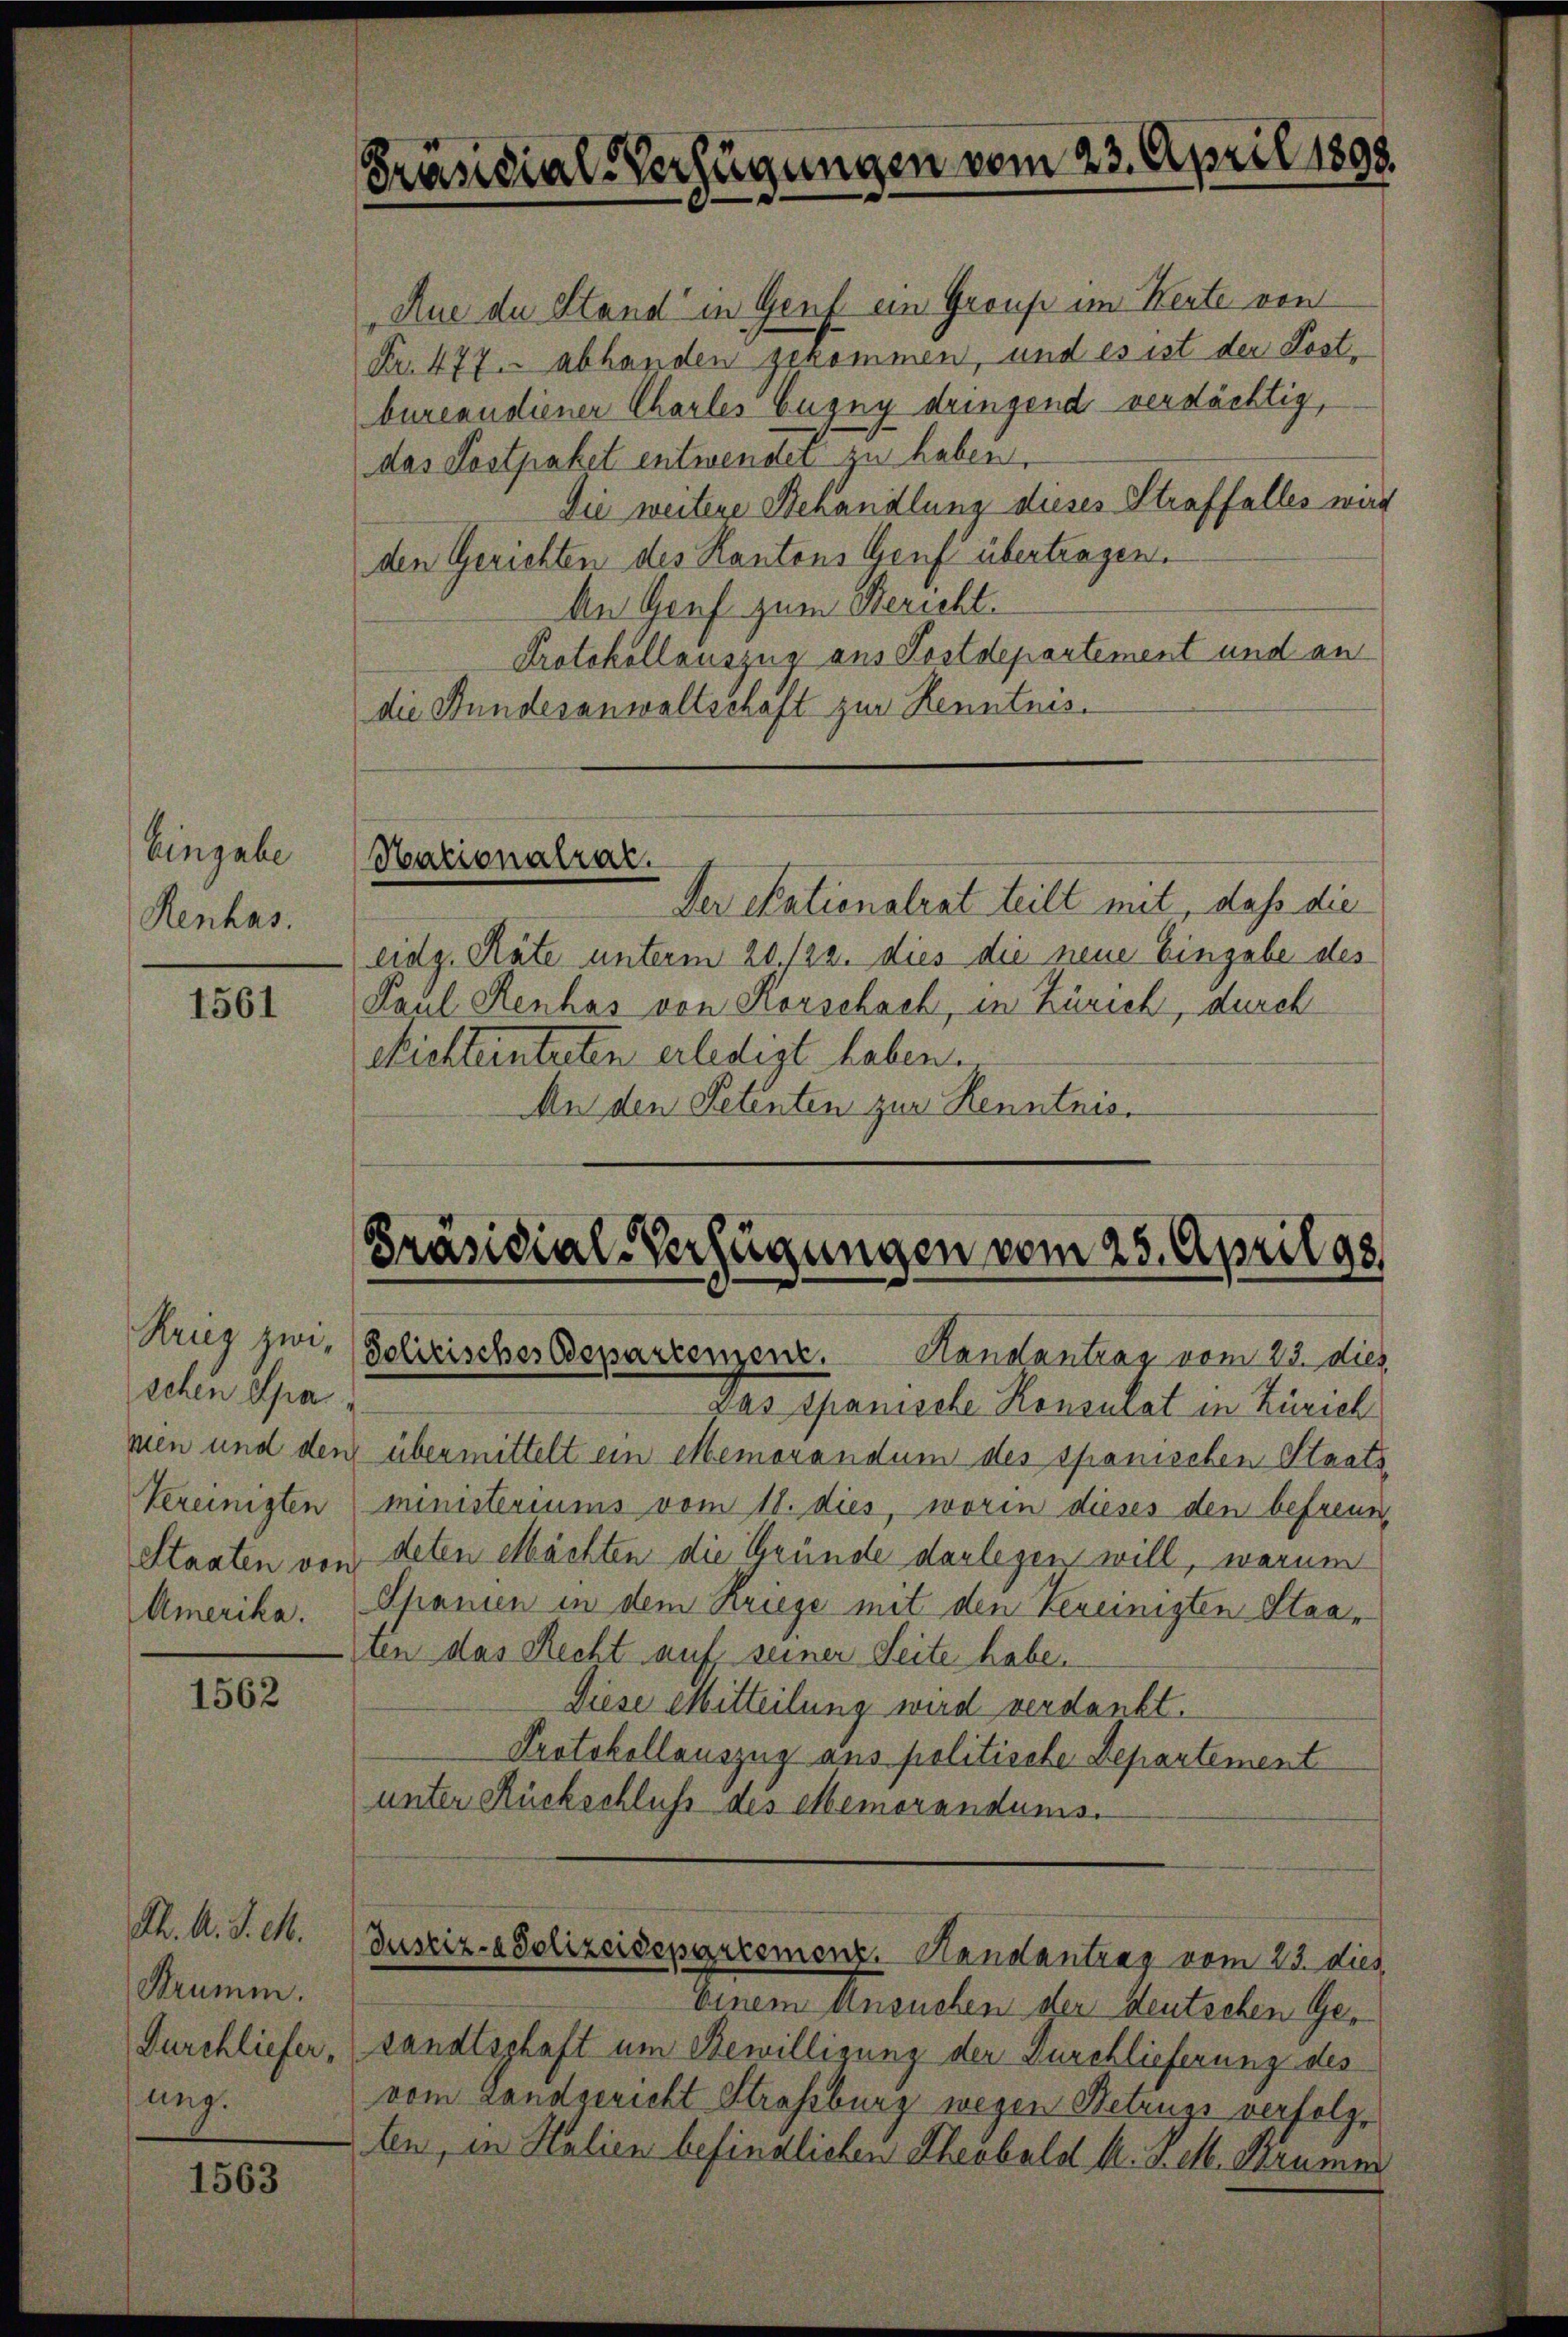
Eingabe
Kenhas.

1561

Krieg zwischen Spa
ken und den
Staaten von

1562

Ph. A. S. M.
Krumm.
Durchliefer,
ung.

1563

Präsidial-Verfügungen vom 23. April 1898

Aue de Stand in Genf ein Group im Kerte von
Fr. 477. abhanden gekommen, und es ist der Postbureaudiener Charles Eugny dringend verdächtig,
das Postpaket entwendet zu haben.
Die weitere Behandlung dieses Straffalles wird
den Gerichten des Kantons Genf übertragen.
An Genf zum Bericht.
Protokollauszug aus Postdepartement und an
die Bundesanwaltschaft zur Renntnis.

Hationalrat.

Der Skationalrat teilt mit, daß die
eidg. Räte unterm 20./22. dies die neue Eingabe des
Paul Kenhas von Korschach, in Zürich, durch
Richternterten erledigt haben.
An den Petenten zur Renntnis.

Präsidial-Verfügungen vom 25. April 98
Polizisches Deparcenzenz.
Handantrag vom 23. dies

Das Spanische Konsurat in Zürich
übermittelt ein Memorandum des spanischen Staats
Vereinigten (ministeriums vom 18. dies, worin dieses den befreuen
deten Mächten die Gründe darlegen will, warum
Amerika. Spanien in dem Kriege mit den Vereinigten Staaten das Recht auf seiner Seite habe.
Diese Mitteilung wird verdankt.
Protokollauszug aus politische Departement
unter Rückschluß des Memorandums.

Justiz- & Polizeidepartemenz. Handantrag vom 23. dies

Einem Ansuchen der deutschen Gesandtschaft um Bewilligung der Durchlieferung des
vom Landgericht Strassburg wegen Betrugs verfolgten, in Halien befindlichen Theobald k. J. M. Brumm